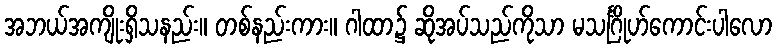
အဘယ်အကျိုးရှိသနည်း။ တစ်နည်းကား။ ဂါထာ၌ ဆိုအပ်သည်ကိုသာ မသင်္ဂြိုဟ်ကောင်းပါလော